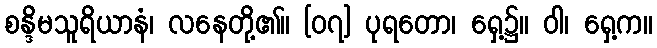
စန္ဒိမသူရိယာနံ၊ လနေတို့၏။ [၀၇] ပုရတော၊ ရှေ့၌။ ဝါ၊ ရှေ့က။